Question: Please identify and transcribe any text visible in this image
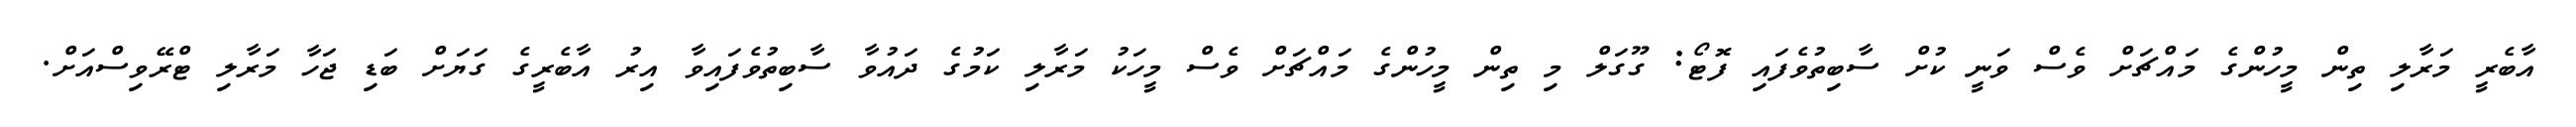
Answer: އާބެރީ މަރާލި ތިން މީހުންގެ މައްޗަށް ވެސް ވަނީ ކުށް ސާބިތުވެފައި ފޮޓޯ: ގޫގަލް މި ތިން މީހުންގެ މައްޗަށް ވެސް މީހަކު މަރާލި ކަމުގެ ދައުވާ ސާބިތުވެފައިވާ އިރު އާބެރީގެ ގަޔަށް ބަޑި ޖަހާ މަރާލި ޓްރޭވިސްއަށް.